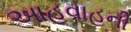
આહવાહની